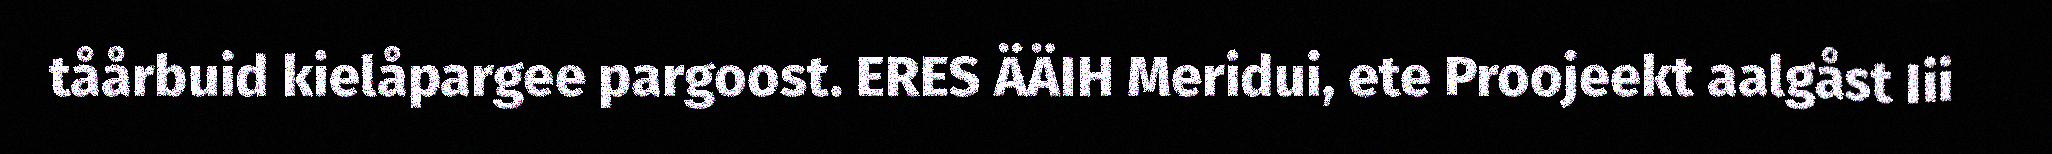
tåårbuid kielåpargee pargoost. ERES ÄÄIH Meridui, ete Proojeekt aalgåst Iii